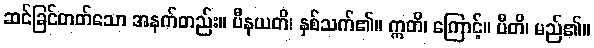
ဆင်ခြင်တတ်သော အနက်တည်း။ ပီနယတိ၊ နှစ်သက်၏။ ဣတိ၊ ကြောင့်။ ပီတိ၊ မည်၏။